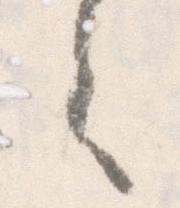
之